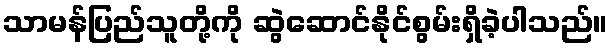
သာမန်ပြည်သူတို့ကို ဆွဲဆောင်နိုင်စွမ်းရှိခဲ့ပါသည်။